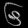
Digit: ၆